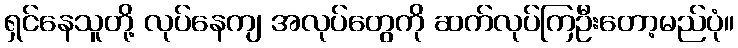
ရှင်နေသူတို့ လုပ်နေကျ အလုပ်တွေကို ဆက်လုပ်ကြဦးတော့မည်ပုံ။